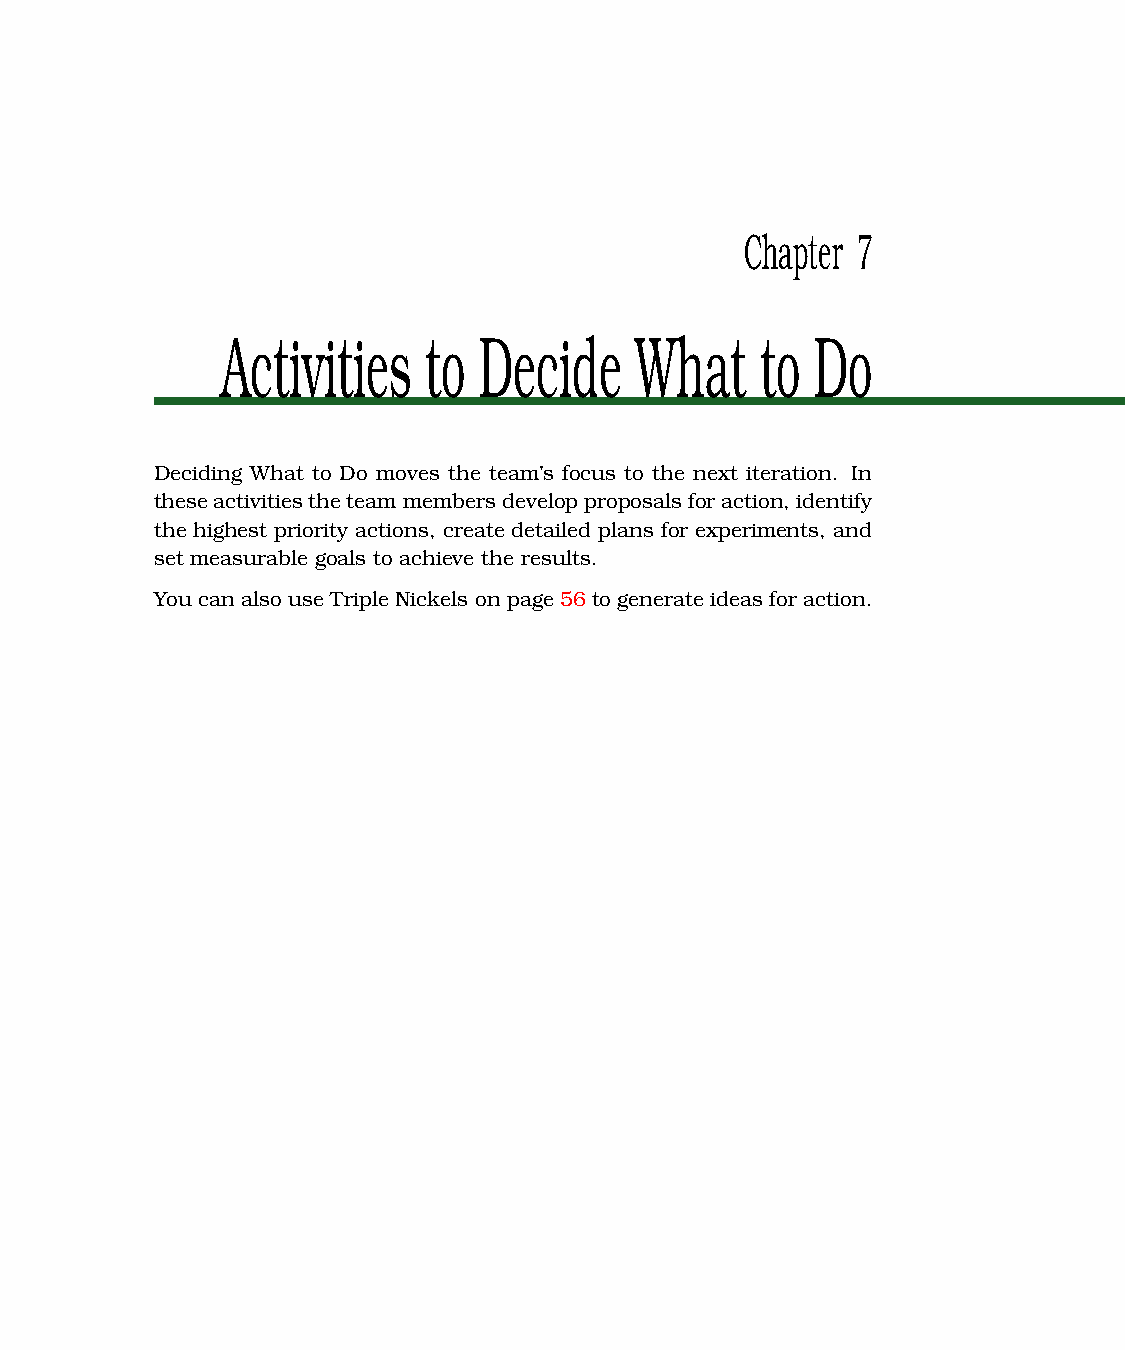
Chapter 7
 Activities   to  Decide    What    to  Do
 Deciding What to Do moves the team’s focus to the next iteration. In
 theseactivitiestheteammembersdevelopproposalsforaction,identify
 the highest priority actions, create detailed plans for experiments, and
 set measurable goals to achieve the results.
 You can also use Triple Nickels on page 56 togenerateideas for action.